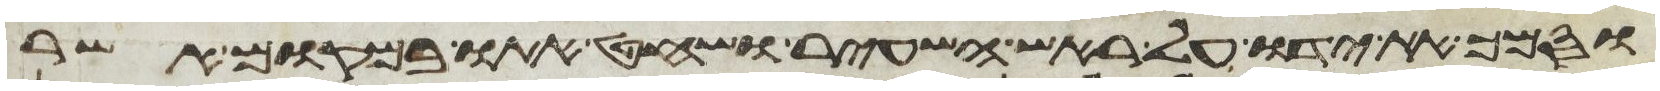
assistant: וסמך את ידו על ראש השעיר ושחט אתו במקום אשר